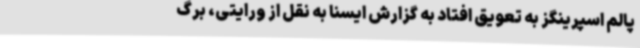
پالم اسپرینگز به تعویق افتاد به گزارش ایسنا به نقل از ورایتی، برگ